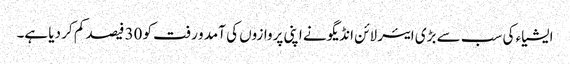
ایشیاء کی سب سے بڑی ایئر لائن انڈیگو نے اپنی پروازوں کی آمد و رفت کو 30 فیصد کم کر دیا ہے۔